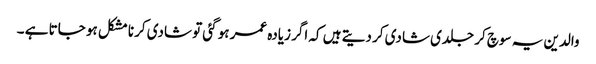
والدین یہ سوچ کر جلدی شادی کر دیتے ہیں کہ اگر زیادہ عمر ہو گئی تو شادی کرنا مشکل ہو جاتا ہے ۔